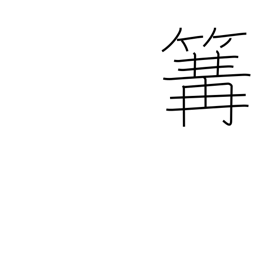
Meaning: fishing fire